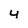
Character: 4